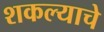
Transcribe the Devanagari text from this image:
शकल्याचे